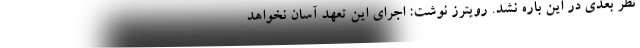
نظر بعدی در این باره نشد. رویترز نوشت: اجرای این تعهد آسان نخواهد